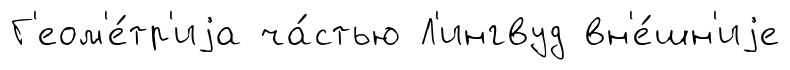
Г'еом'е́тр'иjа ча́стью Л'ингвуд вн'е́шн'иjе